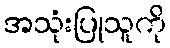
အသုံးပြုသူကို